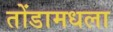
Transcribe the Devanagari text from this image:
तोंडामधला